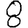
Digit: 8